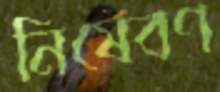
নিষেবণ